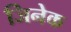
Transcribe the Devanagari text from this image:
जिनेक